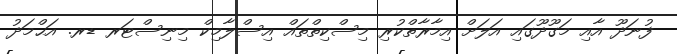
ފުނަދޫ އާއި މަގޫދޫގައި އަލަށް އިމާރާތްކުރި މިސްކިތްތައް އިސްލާމިކް މިނިސްޓަރ ޑރ. އަޙްމަދު